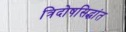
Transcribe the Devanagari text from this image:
त्रिदोषसिद्धांत